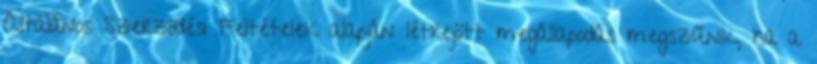
Általános Szerződési Feltételek alapján létrejött megállapodás megszűnik, ha a